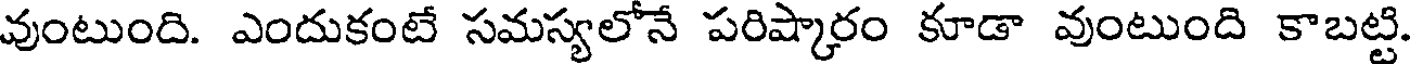
వుంటుంది. ఎందుకంటే సమస్యలోనే పరిష్కారం కూడా వుంటుంది కాబట్టి